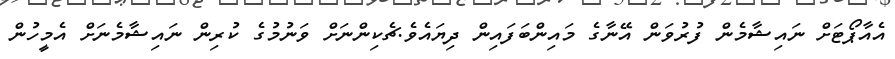
އެއާޕޯޓަށް ނައިޝާމެން ފުރުވަން އޭނާގެ މައިންބަފައިން ދިޔަައެވެ.ޗެކިންނަށް ވަނުމުގެ ކުރިން ނައިޝާމެނަށް އެމީހުން